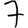
Digit: 7